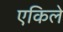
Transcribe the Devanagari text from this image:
एकिले